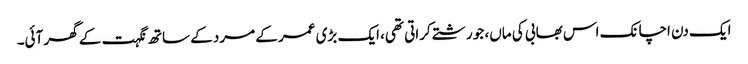
ایک دن اچانک اس بھابی کی ماں، جو رشتے کراتی تھی، ایک بڑی عمر کے مرد کے ساتھ نگہت کے گھر آئی۔